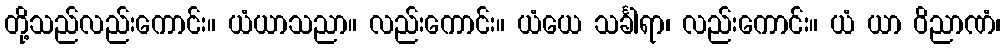
တို့သည်လည်းကောင်း။ ယံယာသညာ။ လည်းကောင်း။ ယံယေ သင်္ခါရာ၊ လည်းကောင်း။ ယံ ယာ ဝိညာဏံ၊